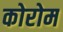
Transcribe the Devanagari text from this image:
कोरोम